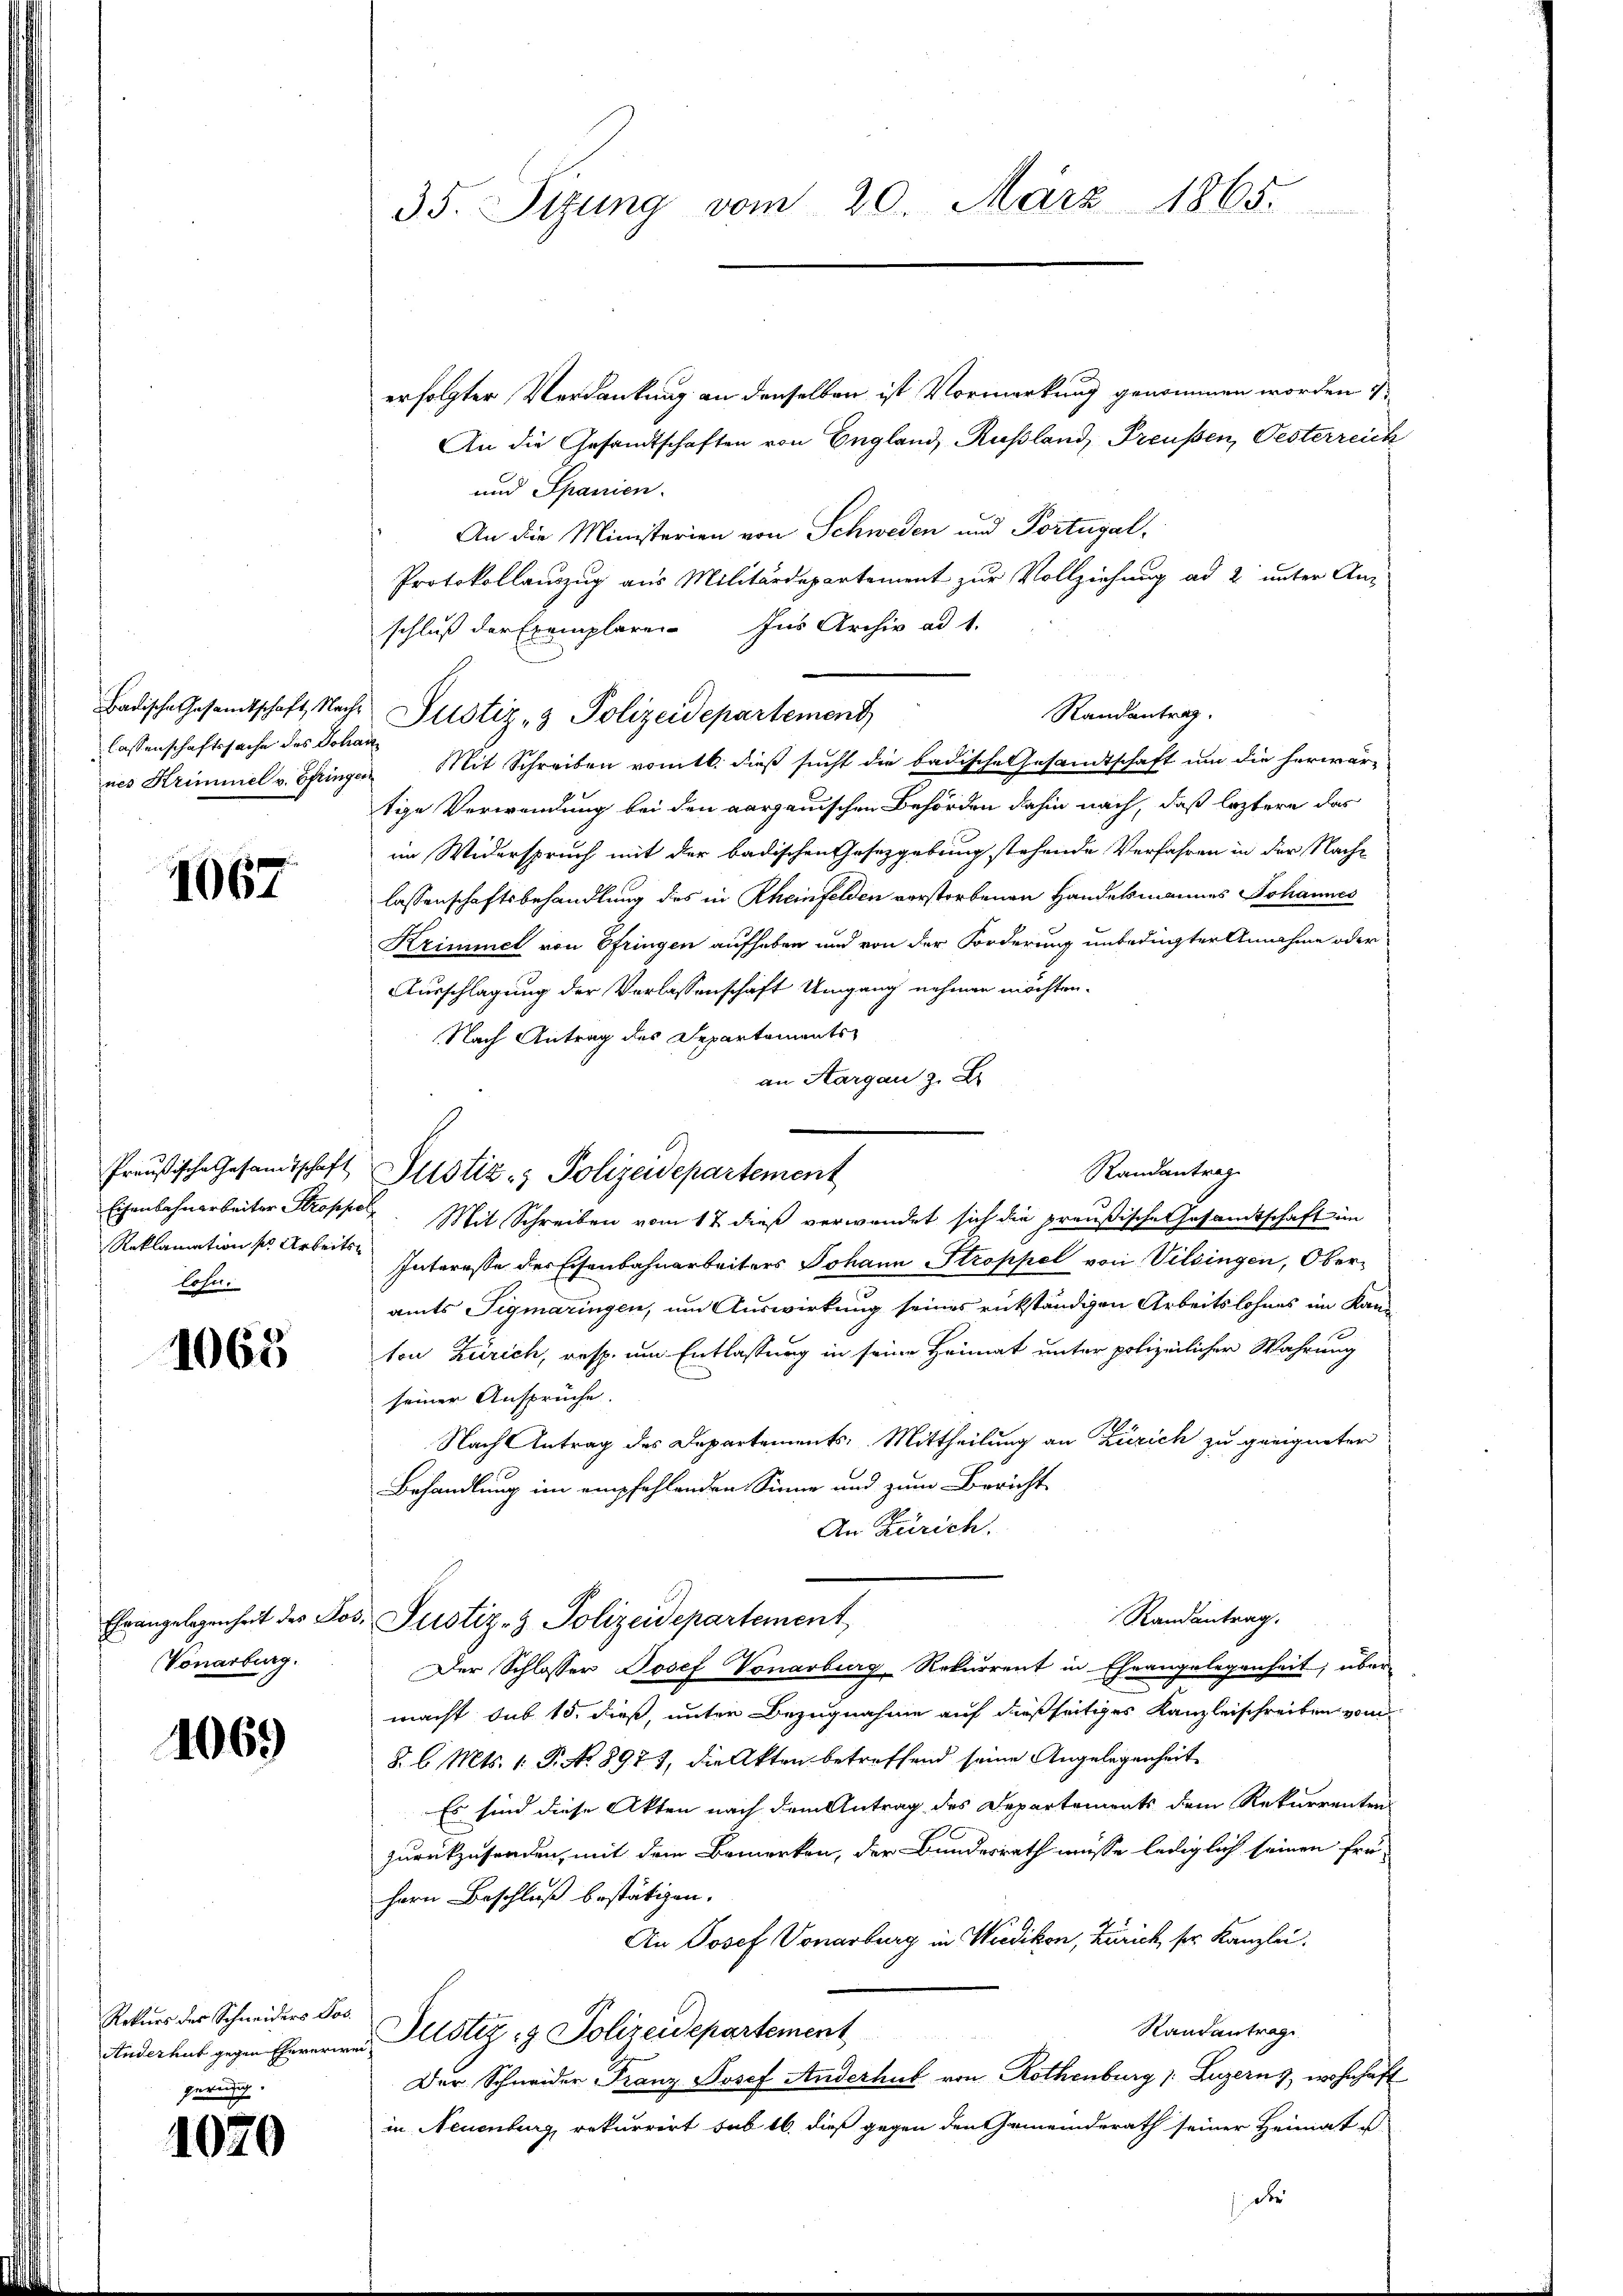
lassenschaftssache des Johan
nes Krimmel v. Ettinger

1067

Preußische Gesamtschaft
Eisenbahnarbeiter Stroppe
Reklamation s. Arbeitslosn.

1065

Ehrangelegenheit des Pos
Vonarburg.

1069

Rekurs der Schneiders Jos.
Anderhut gegen Ehererir

1070

35. Sizung vom 20. März 1865.

erfolgter Verdankung an denselben ist Vormerkung genommen worden
An die Gesandtschaften von England, Rußland, Preußen, Oesterreich
und Spanien.
An die Ministerien von Schweden und Portugal-
Protokollauszug aus Militärdepartement zur Vollziehung ad 2 unter Anschluß der Exemplaren Ins Archiv ad 1.
Badische Gesamtschaft Nach Justiz- & Polizeidepartement
Randantrag.
 Mit Schreiben vomtl. dieß sucht die badische Gesandtschaft um die herwärtige Verwendung bei den aargauischen Behörden dahin nach, daß leztere das
im Widerspruch mit der badischen Gesetzgebung stehende Verfahren in der Nach-
lassenschaftsbehandlung des in Rheinfelden verstorbenen Handelsmannes Johannes
Krimmet von Efringen aufheben und von der Forderung unbedingter Annahme oder
Ausschlagung der Verlassenschaft Umgang nehmen möchten.
Nach Antrag des Departements-
an Aargau z. B
Justiz- & Polizeidepartement
d. Mit Schreiben vom 17. dieß verwendet sich die preußische Gesandtschaft im
Interesse der Eisenbahnarbeiters Johann Stroppel von Vilsingen, Oberamts Sigmaringen, um Auswirkung seines rückständigen Arbeitslohnes im Kanton Zürich, resp. um Entlassung in seine Heimat unter polizeilicher Wahrung
seiner Anspruche.
Nach Antrag des Departements, Mittheilung an Zürich zu geeigneter
Behandlung im empfehlenden Sinne und zum Bericht
An Zürich.
Randantrag.
 Justiz- & Polizeidepartement,
Der Schlosser Josef Vonarburg-Rekurrent in Eheangelegenheit, über-
.
.
macht sub 15. dieß, unter Bezugnahme auf dießseitiges Kanzleischreiben von
§. l. Mts. 1. P. No 8977, die Akten betreffend seine Angelegenheit
Es sind diese Akten nach dem Antrag des Departements dem Rekurrenten
zurückzusenden, mit dem Bemerkon, der Bundesrath müsse lediglich seinen frü-
hern Beschluß bestätigen.
An Josef Vonarburg in Wiedikon, Zürich, ser Kanzlei.
Randantrag
Justiz- & Polizeidepartement
Der Schneider Franz Josef Anderhub von Rothenburg v. Luzern, wohnhaft
in Neuenburg, rekurrirt sub 16. dieß gegen den Gemeinderath seiner Heimat es
 der

Randantrag